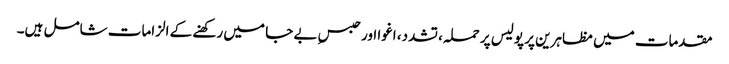
مقدمات میں مظاہرین پر پولیس پر حملہ، تشدد، اغوا اور حبسِ بے جا میں رکھنے کے الزامات شامل ہیں۔